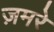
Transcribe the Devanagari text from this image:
ज़मरे